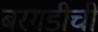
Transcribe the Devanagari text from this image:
बरगडीची